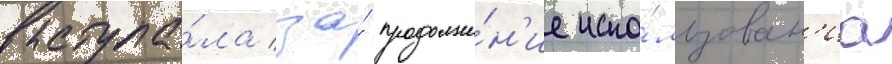
выступа́ла за́ продолже́н'ие испо́льзован'иа